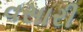
વસારી